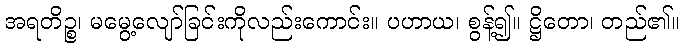
အရတိဉ္စ၊ မမွေ့လျော်ခြင်းကိုလည်းကောင်း။ ပဟာယ၊ စွန့်၍။ ဋ္ဌိတော၊ တည်၏။